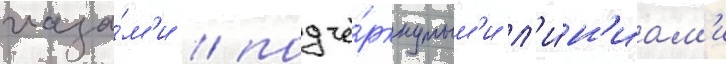
глаза́м'и / подчё́ркнутым'и л'и́н'иам'и